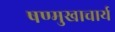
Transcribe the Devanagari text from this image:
षण्मुखाचार्य